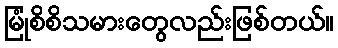
မြုံစိစိသမားတွေလည်းဖြစ်တယ်။